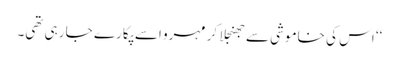
‘‘ اس کی خاموشی سے جھنجلا کر مہرو اسے پکارے جا رہی تھی۔